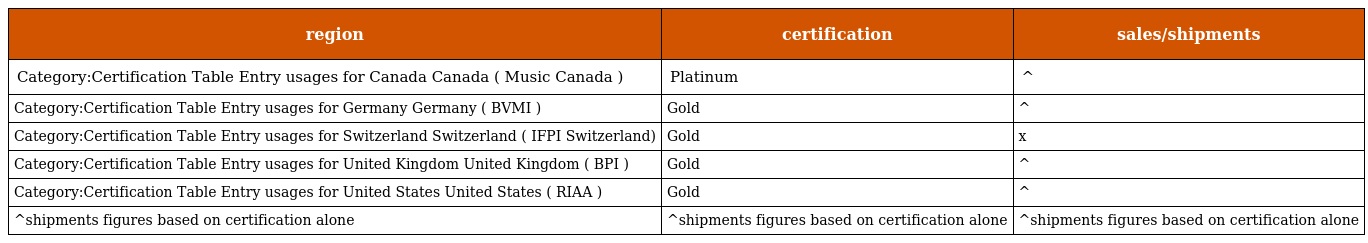
| region | certification | sales/shipments |
 | --- | --- | --- |
 | Category:Certification Table Entry usages for Canada Canada ( Music Canada ) | Platinum | ^ |
 | Category:Certification Table Entry usages for Germany Germany ( BVMI ) | Gold | ^ |
 | Category:Certification Table Entry usages for Switzerland Switzerland ( IFPI Switzerland) | Gold | x |
 | Category:Certification Table Entry usages for United Kingdom United Kingdom ( BPI ) | Gold | ^ |
 | Category:Certification Table Entry usages for United States United States ( RIAA ) | Gold | ^ |
 | ^shipments figures based on certification alone | ^shipments figures based on certification alone | ^shipments figures based on certification alone |